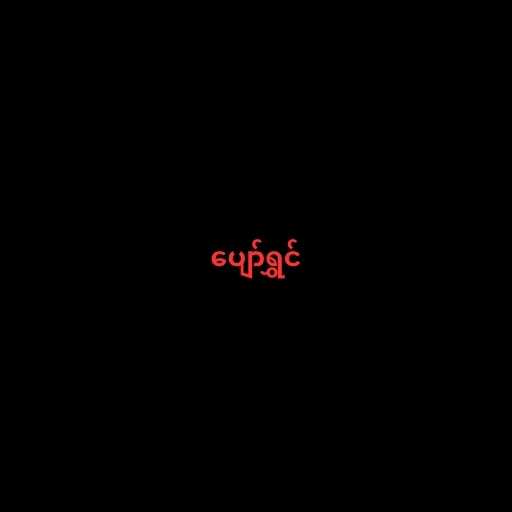
ပျော်ရွှင်